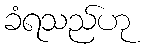
ခံရသည်ဟု